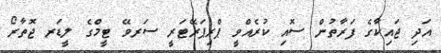
އަދި ޖައިކާގެ ފަރާތުން ސޮއި ކުރެއްވީ ޕްރިޕަރޭޓަރީ ސަރވޭ ޓީމްގެ ލީޑަރ ޖޮތާރޯ